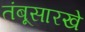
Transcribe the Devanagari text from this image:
तंबूसारखे